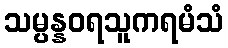
သမ္ပန္နဝရသူကရမံသံ